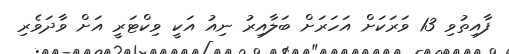
ފާއިތުވި 13 ވަރަކަށް އަހަރަށް ބަލާއިރު ނިއު އަކީ ވިކްޓަރީ އަށް ވާދަވެރި